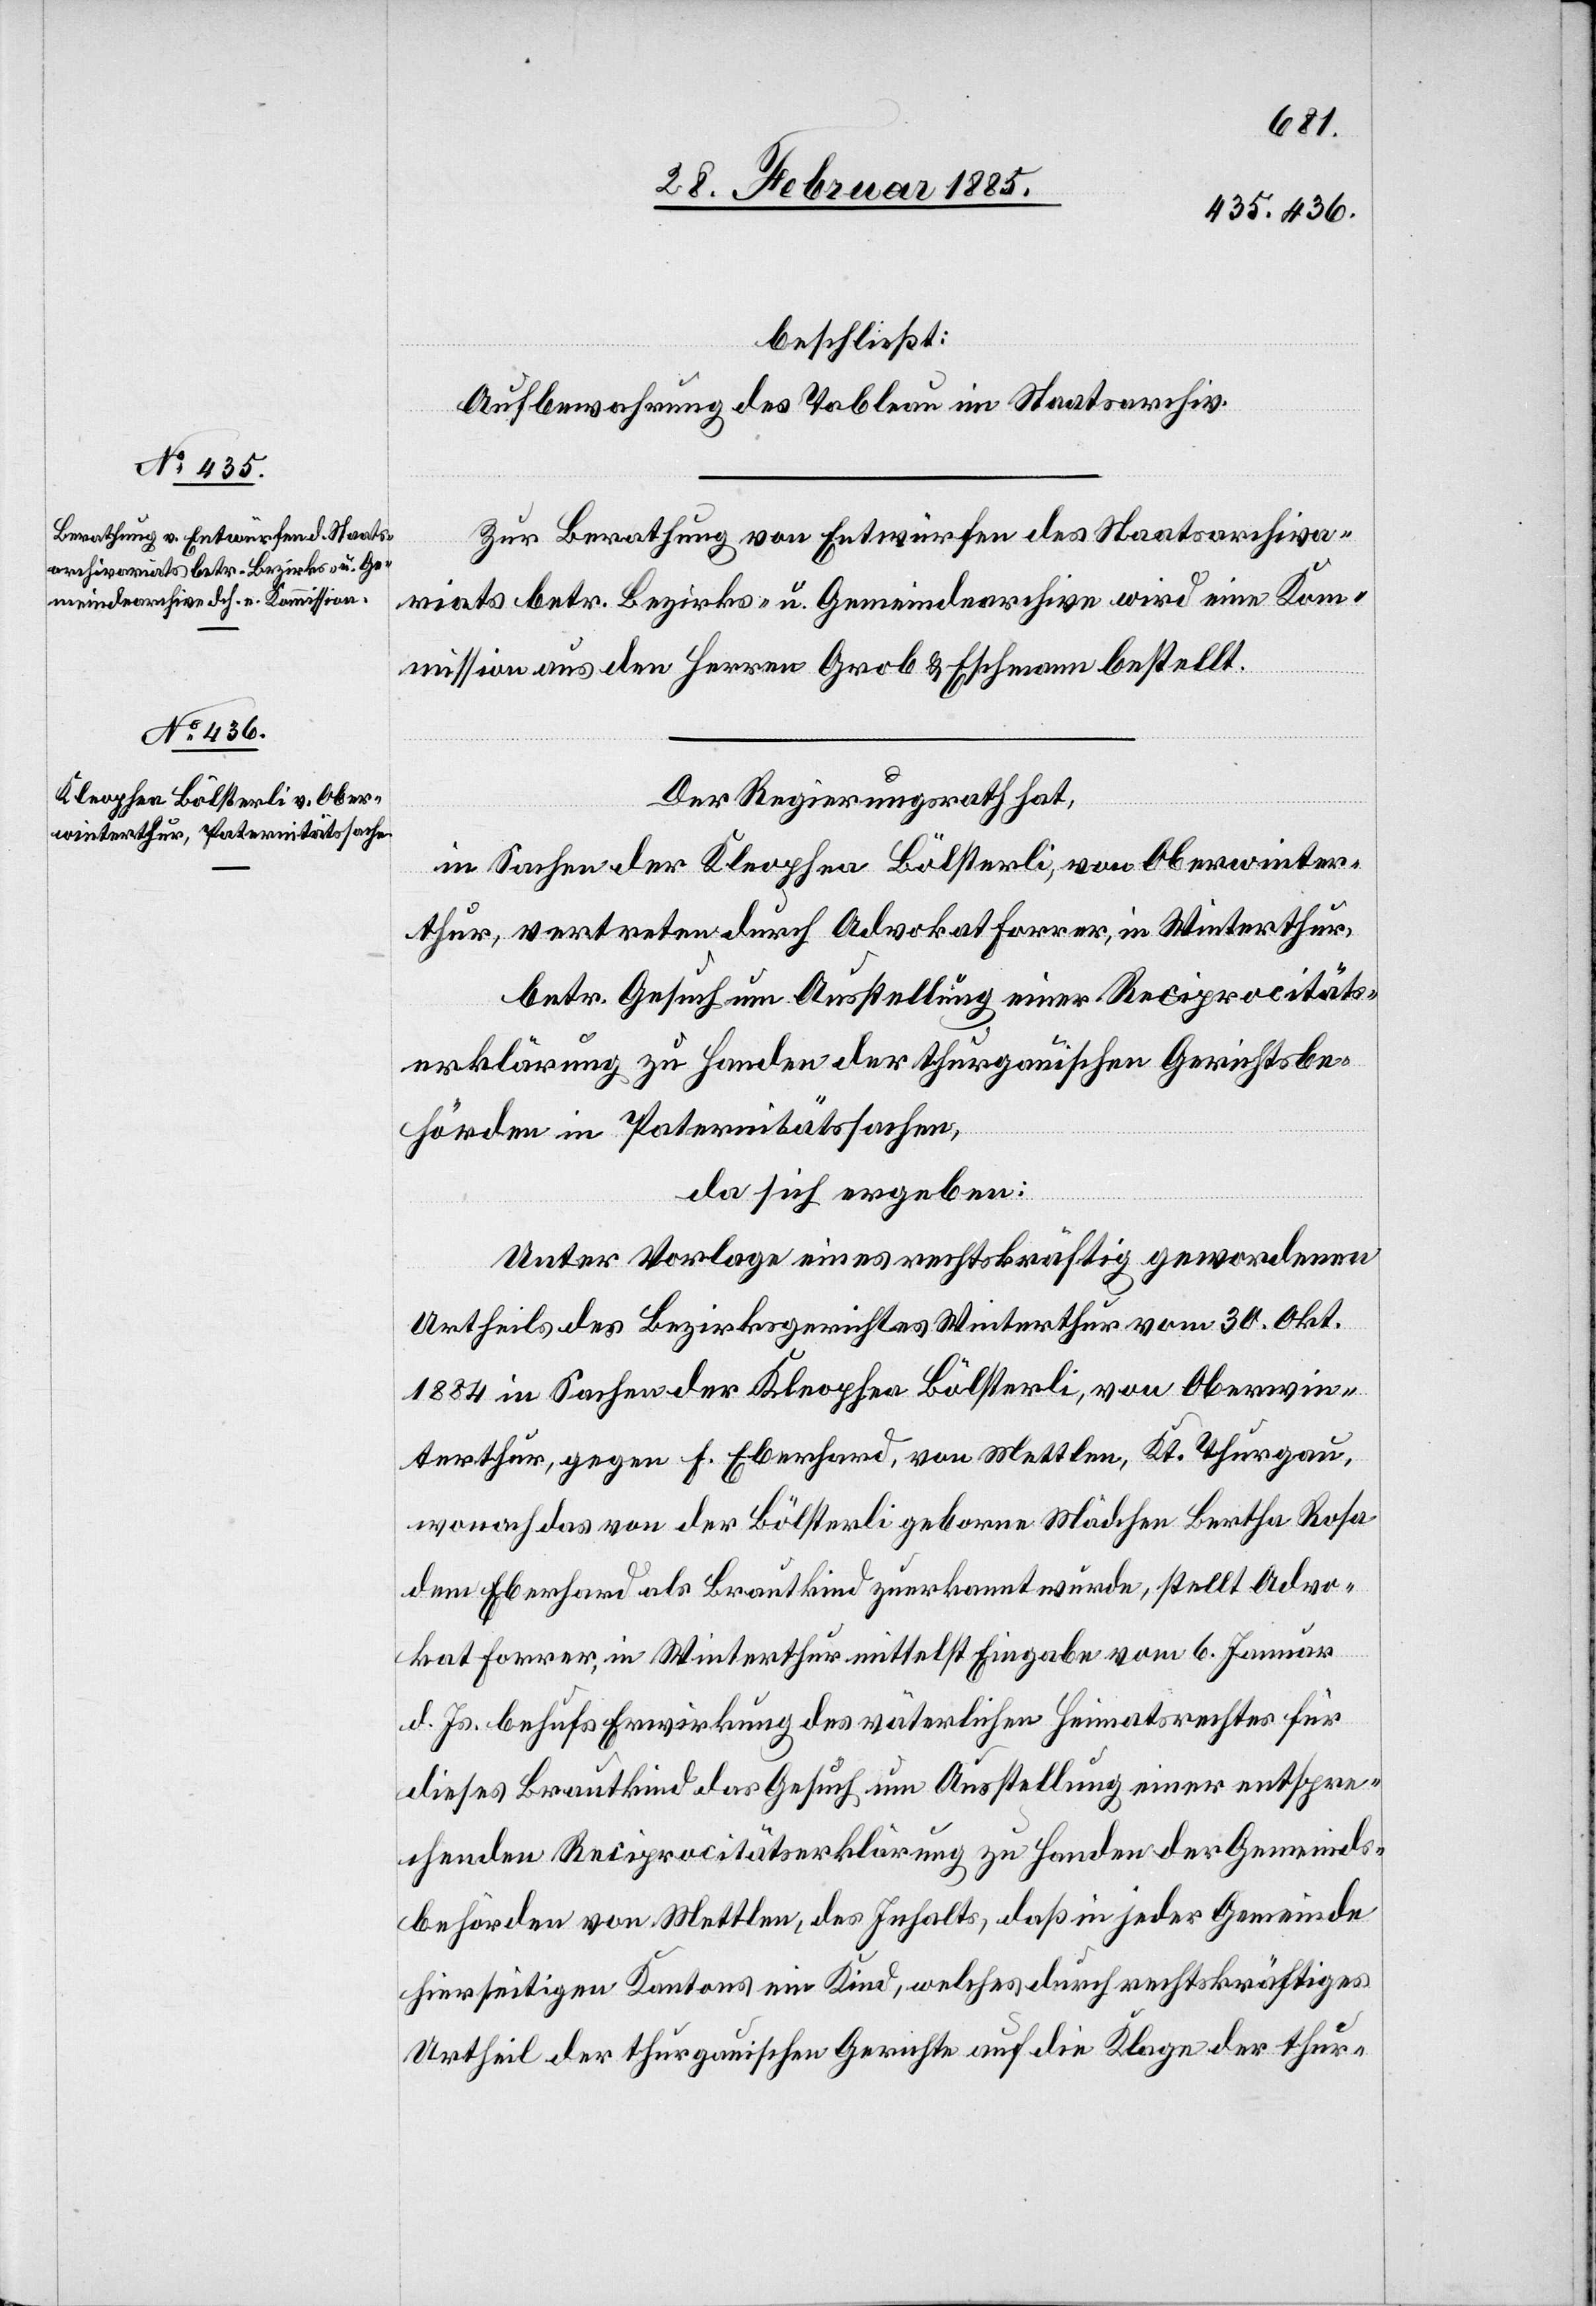
beschließt:
Aufbewahrung des Tableau im Staatsarchiv.
Zur Berathung von Entwürfen des Staatsarchiva¬
riats betr. Bezirks- u. Gemeindearchive wird eine Kom¬
mission aus den Herren Grob & Eschmann bestellt.
Der Regierungsrath hat,
in Sachen der Kleophea Bölsterli, von Oberwinter¬
thur, vertreten durch Advokat Forrer, in Winterthur,
betr. Gesuch um Ausstellung einer Reciprocitäts¬
erklärung zu Handen der thurgauischen Gerichtsbe¬
hörden in Paternitätssachen,
da sich ergeben:
Unter Vorlage eines rechtskräftig gewordenen
Urtheils des Bezirksgerichtes Winterthur vom 30. Okt.
1884 in Sachen der Kleophea Bölsterli, von Oberwin¬
terthur, gegen F. Eberhard, von Mettlen, Kt. Thurgau,
wonach das von der Bölsterli geborne Mädchen Bertha Rosa
dem Eberhard als Brautkind zuerkannt wurde, stellt Advo¬
kat Forrer, in Winterthur mittelst Eingabe vom 6. Januar
d. Js. behufs Erwirkung des väterlichen Heimatsrechtes für
dieses Brautkind das Gesuch um Ausstellung einer entspre¬
chenden Reciprocitätserklärung zu Handen der Gemeinds¬
behörden von Mettlen, des Inhalts, daß in jeder Gemeinde
hierseitigen Kantons ein Kind, welches durch rechtskräftiges
Urtheil der thurgauischen Gerichte auf die Klage der thur-